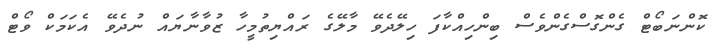
ކޮންނަބޯޓް ގެންގޮސްގެންވެސް ބިންހިއްކާފަ ހިލޭދެވޭ މާލޭގެ ރައްޔިތުމީހާ ޒުވާނާޔައް ނުދެވޭ އެކަމަކް ވޯޓް